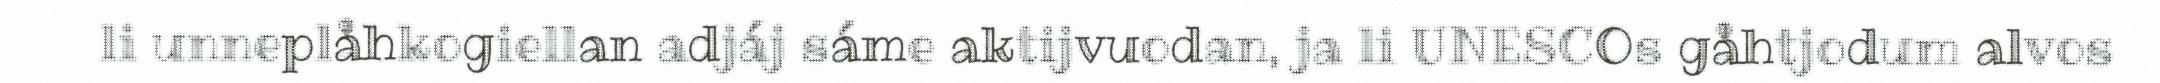
li unneplåhkogiellan adjáj sáme aktijvuodan, ja li UNESCOs gåhtjodum alvos